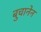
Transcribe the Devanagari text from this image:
बुचानेन